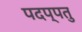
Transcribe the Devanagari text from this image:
पदप्पतु